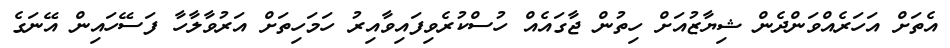
އެތަށް އަހަރެއްވަންދެން ޝިޔާޒުއަށް ހިތުން ޖާގައެއް ހުސްކުރެވިފައިވާއިރު ހަމަހިތަށް އަރުވާލާހާ ފަސޭހައިން އޭނަގެ